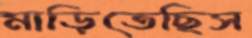
মাড়িতেছিস